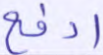
ادفع